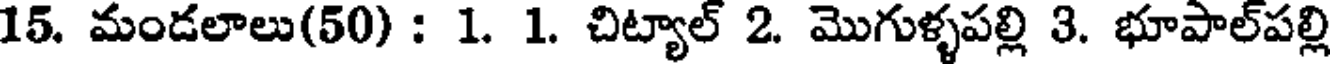
15. మండలాలు(50) : 1. 1. చిట్యాల్ 2. మొగుళ్ళపల్లి 3. భూపాల్పల్లి